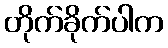
တိုက်ခိုက်ပါက